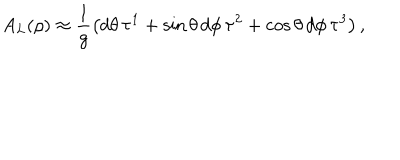
A _ { L } ( \rho ) \approx \frac { 1 } { g } \left( d \theta \, \tau ^ { 1 } + \sin \theta \, d \phi \, \tau ^ { 2 } + \cos \theta \, d \phi \, \tau ^ { 3 } \right) ,